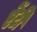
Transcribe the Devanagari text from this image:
एेंटी